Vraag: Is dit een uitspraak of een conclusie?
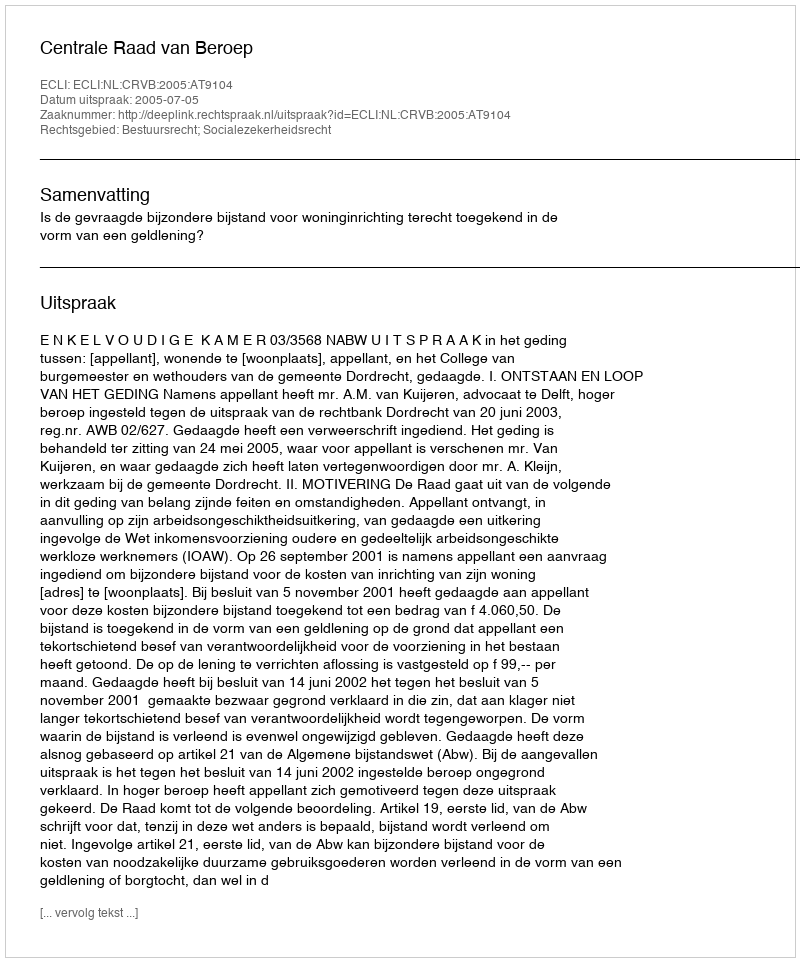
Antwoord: Uitspraak